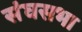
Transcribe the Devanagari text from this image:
संघसभा